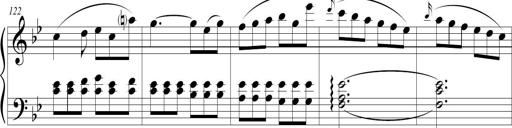
Title: Sonatina (Piano Sonata No.9)
Composer: Richard St. Clair